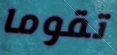
تقوما